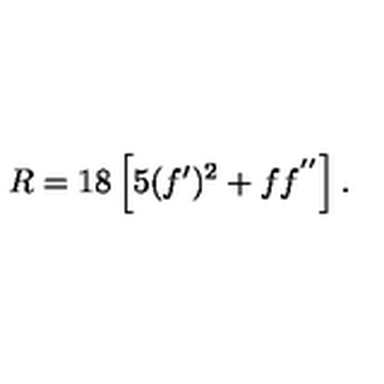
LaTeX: R = 1 8 \left[ 5 ( f ^ { \prime } ) ^ { 2 } + f f ^ { ' ^ { \prime } } \right] .